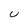
Character: U